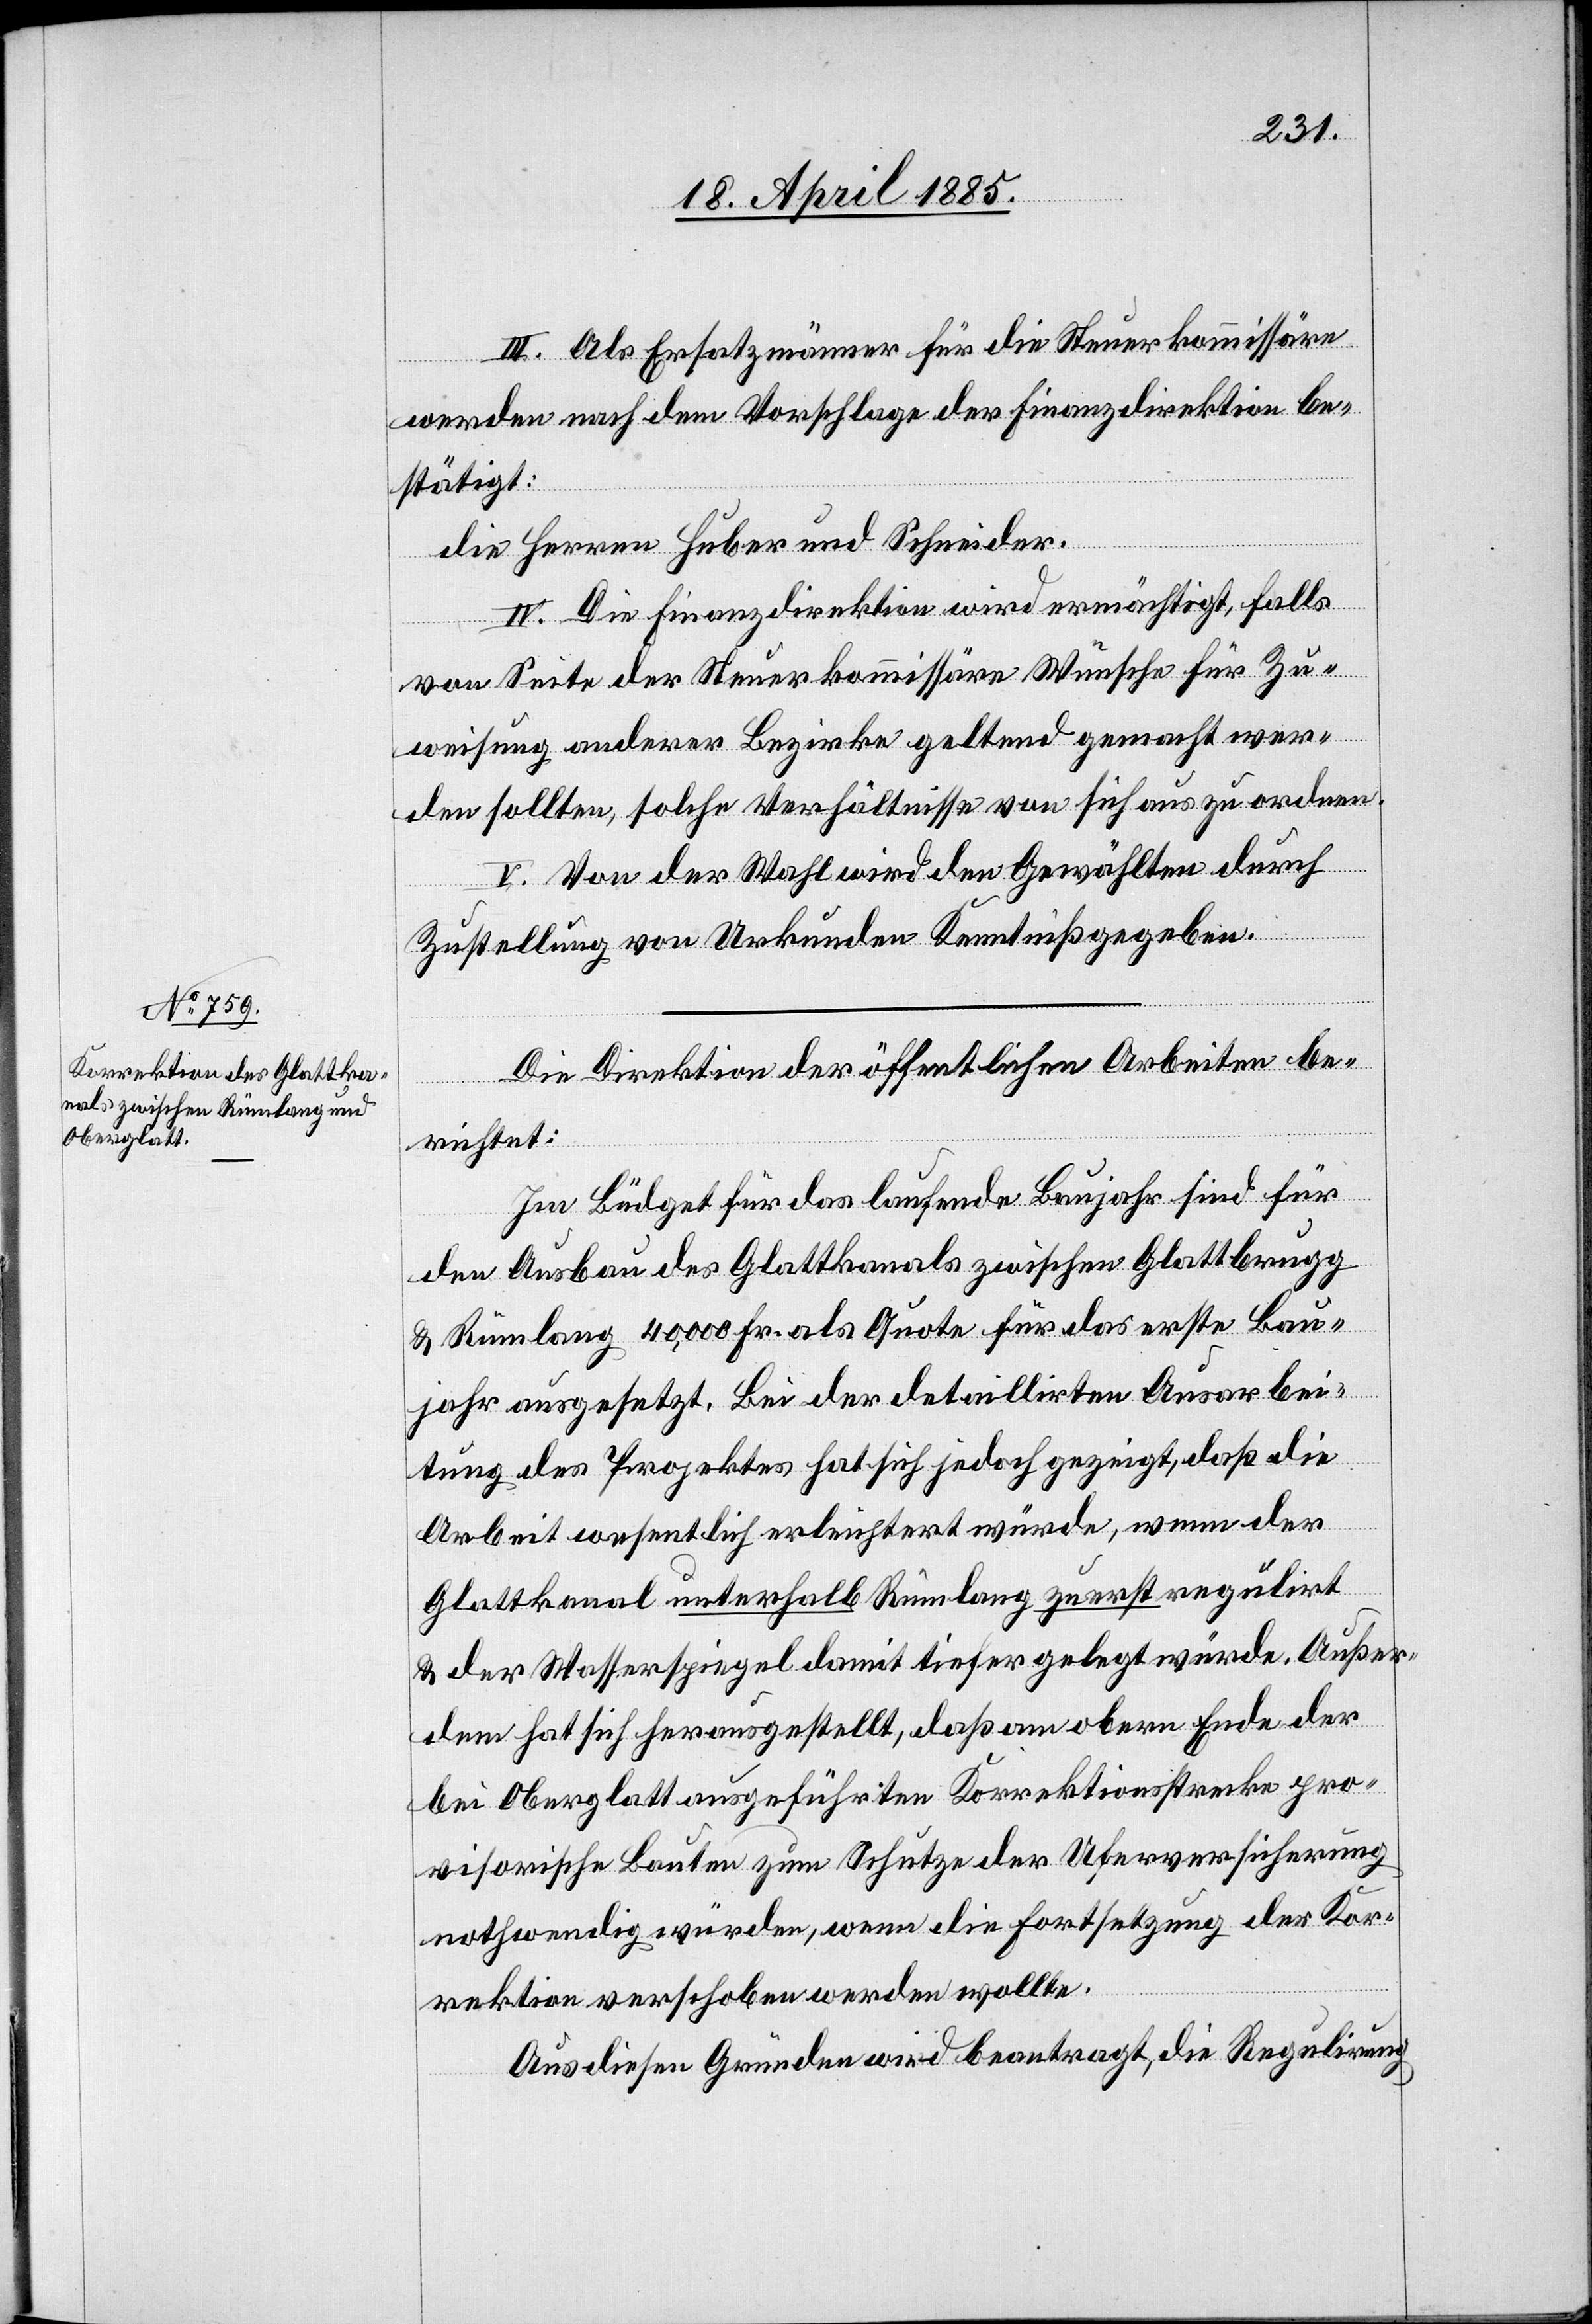
III. Als Ersatzmänner für die Steuerkommissäre
werden nach dem Vorschlage der Finanzdirektion be¬
stätigt:
die Herren Huber und Schneider.
IV. Die Finanzdirektion wird ermächtigt, falls
von Seite der Steuerkommissäre Wünsche für Zu¬
weisung anderer Bezirke geltend gemacht wer¬
den sollten, solche Verhältnisse von sich aus zu ordnen.
V. Von der Wahl wird den Gewählten durch
Zustellung von Urkunden Kenntniß gegeben.
Die Direktion der öffentlichen Arbeiten be¬
richtet:
Im Büdget für das laufende Baujahr sind für
den Ausbau des Glattkanals zwischen Glattbrugg
& Rümlang 40,000 Fr. als Quote für das erste Bau¬
jahr ausgesetzt. Bei der detaillirten Ausarbei¬
tung des Projektes hat sich jedoch gezeigt, daß die
Arbeit wesentlich erleichtert würde, wenn der
Glattkanal unterhalb Rümlang zuerst regulirt
& der Wasserspiegel damit tiefer gelegt würde. Außer¬
dem hat sich herausgestellt, daß am obern Ende der
bei Oberglatt ausgeführten Korrektionsstrecke pro¬
visorische Bauten zum Schutze der Uferversicherung
nothwendig würden, wenn die Fortsetzung der Kor¬
rektion verschoben werden wollte.
Aus diesen Gründen wird beantragt, die Regulirung